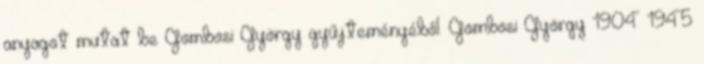
anyagot mutat be Gombosi György gyűjteményéből. Gombosi György 1904–1945